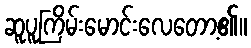
ဆူပူကြိမ်းမောင်းလေတော့၏။